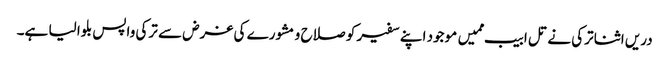
دریں اثنا ترکی نے تل ابیب ممیں موجود اپنے سفیر کو صلاح و مشورے کی غرض سے ترکی واپس بلوا لیا ہے۔